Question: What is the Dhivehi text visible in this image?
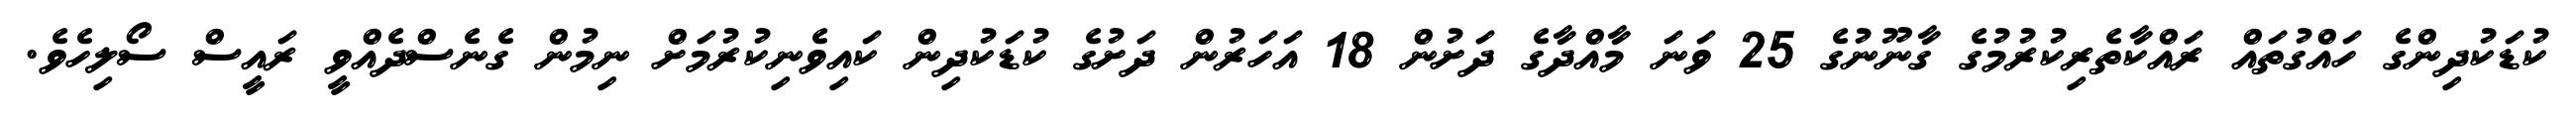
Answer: ކުޑަކުދިންގެ ހައްގުތައް ރައްކާތެރިކުރުމުގެ ގާނޫނުގެ 25 ވަނަ މާއްދާގެ ދަށުން 18 އަހަރުން ދަށުގެ ކުޑަކުދިން ކައިވެނިކުރުމަށް ނިމުން ގެނެސްދެއްވީ ރައީސް ސޯލިހެވެ.